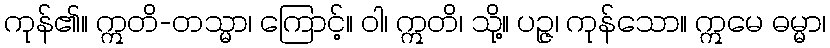
ကုန်၏။ ဣတိ-တသ္မာ၊ ကြောင့်။ ဝါ၊ ဣတိ၊ သို့။ ပဉ္ဇ၊ ကုန်သော။ ဣမေ ဓမ္မာ၊